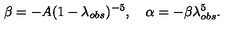
\beta = - A ( 1 - \lambda _ { o b s } ) ^ { - 5 } , \quad \alpha = - \beta \lambda _ { o b s } ^ { 5 } .